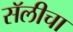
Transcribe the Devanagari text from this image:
सॅलीचा